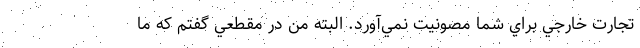
تجارت خارجي براي شما مصونيت نمي‌آورد. البته من در مقطعي گفتم كه ما